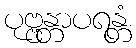
ပုဗ္ဗန္တာပရန္တံ